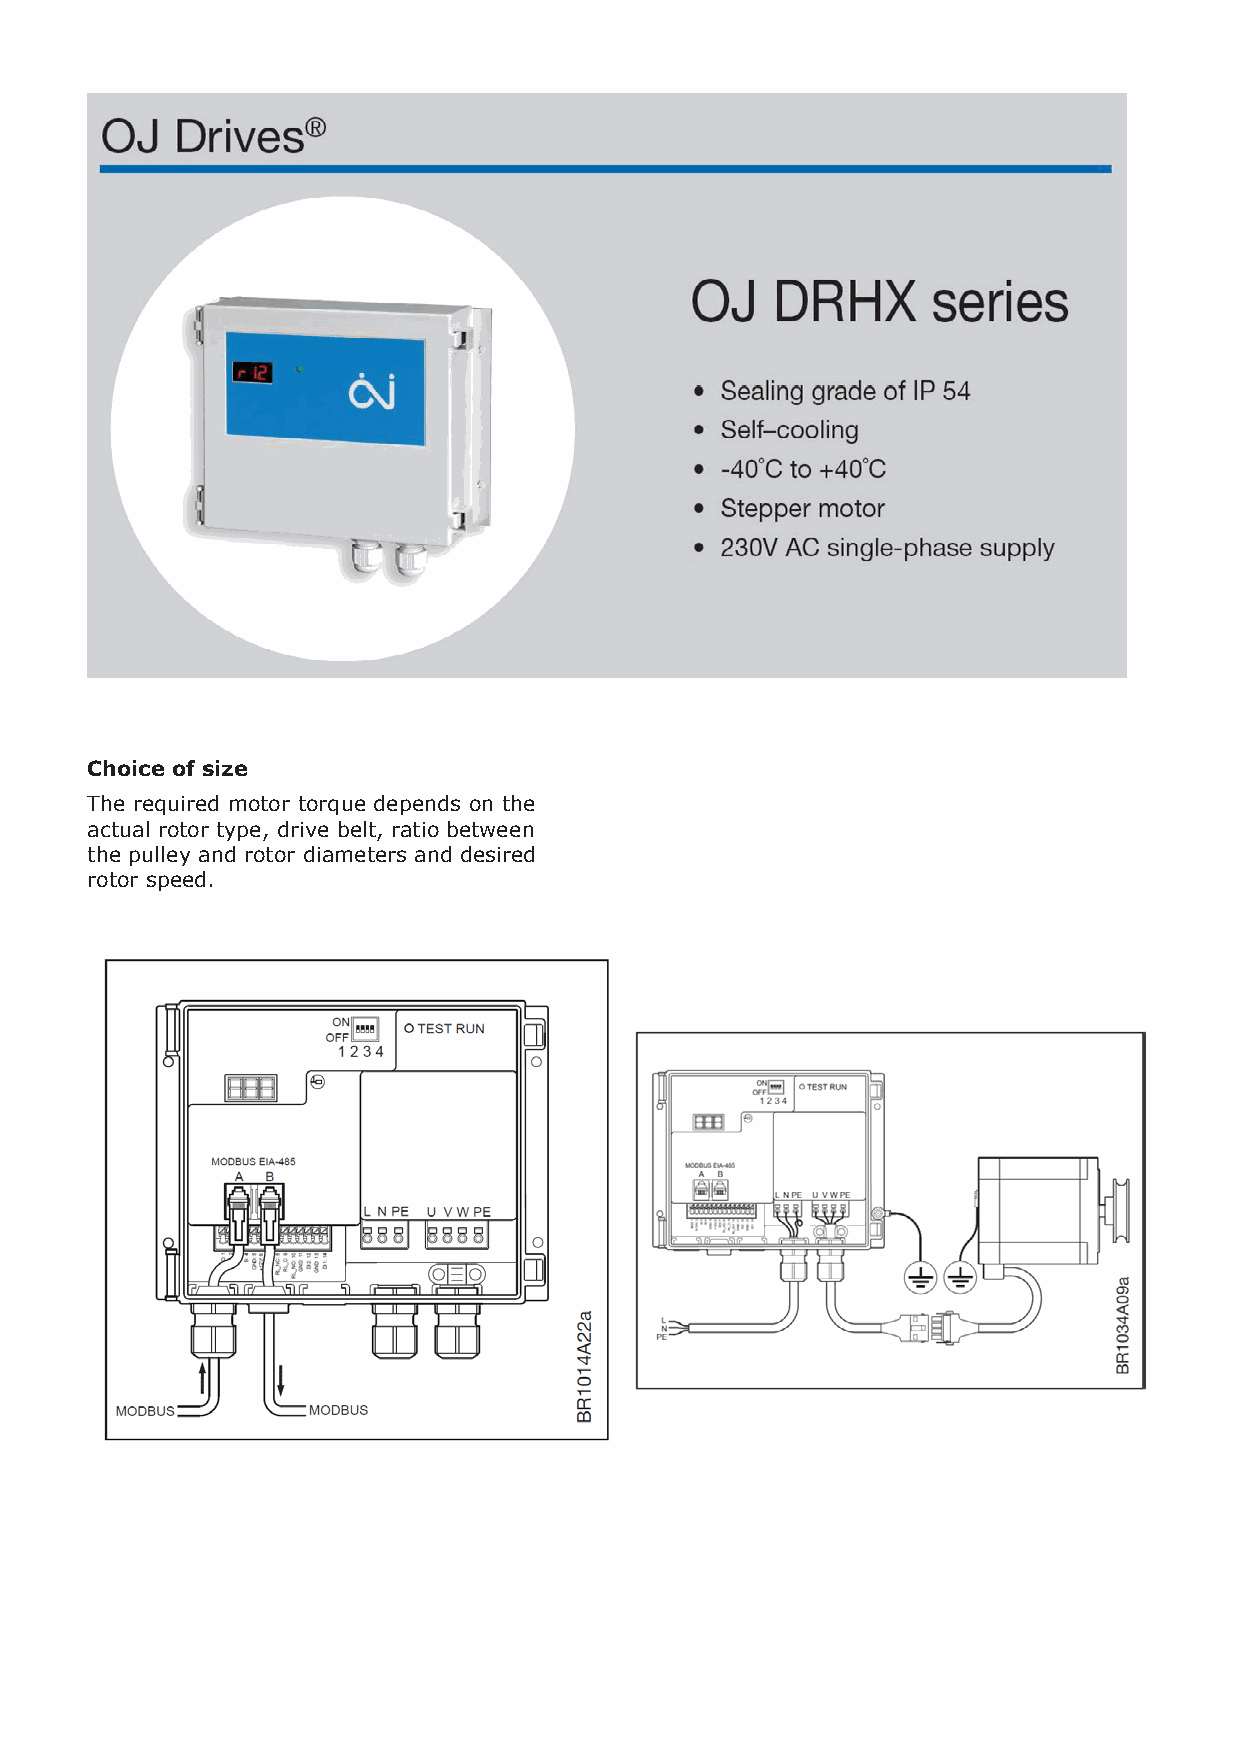
OJ-Air2 Basic training SW 4.21-EN
 HTH-620x
 Humidity and temperature sensor with Modbus
 Choice of size
 The required motor torque depends on the
 Humidity and temperature sensor with Modbus
 actual rotor type, drive belt, ratio between
 HTH-6200 is a series of combined humidity and temperature sensors which feature Modbus
 the pulley and rotor diameters and desired
 communication and are ideal for measuring relative air humidity and temperature in rotor speed.
 ventilation systems.
 HTH-6200 sensors are designed to be installed direct in the ventilation system ducts.
 Thanks to their adjustable length, the sensors are equally suitable for large and small
 ducting systems.
 HTH-6200 is designed to provide a beneficial combination of high quality and minimum
 installation costs.
 Minimum installation costs
 With HTH-6200, air humidity and temperature can be measured and monitored by a single
 sensor. All data is transferred from HTH-6200 to the controller as digital values via an
 RS485 RTU Modbus protocol.
 The built-in Modbus communication makes HTH-6200 an extremely attractive solution for
 integration with PLC, BMS and SCADA systems because of lower installation costs.
 Telescopic sensor
 To ensure correct sensor positioning within the air flow, insertion depth can be adjusted
 from 50 to 250 mm.
 Modbus addresses
 HTH-6200 is available in three variants.
 All three variants are physically identical. The only difference is the way in which the
 products are Modbus addressed.
 • HTH-6202 Modbus-adresse Hex=7A / Bin=122
 • HTH-6203 Modbus-adresse Hex=7B / Bin=123
 • HTH-6204 Modbus-adresse Hex=7C / Bin=124
 Udarbejdet af: Orla Skovlund Hansen Udarbejdet d.: 19-03-2019 Side 22af 29
 ©2019OJ ELECTRONICS A/S STENAGER 13B DK-6400 SØNDERBORG
 24